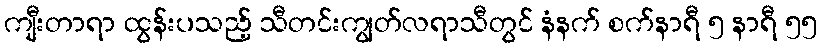
ကျီးတာရာ ထွန်းပသည့် သီတင်းကျွတ်လရာသီတွင် နံနက် စက်နာရီ ၅ နာရီ ၅၅